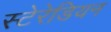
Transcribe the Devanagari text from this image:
स्‍टेरेडियन